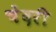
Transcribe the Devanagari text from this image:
चेंदरी